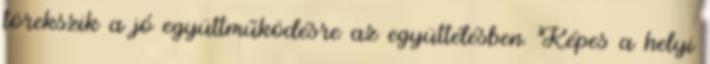
törekszik a jó együttműködésre az együttélésben. Képes a helyi